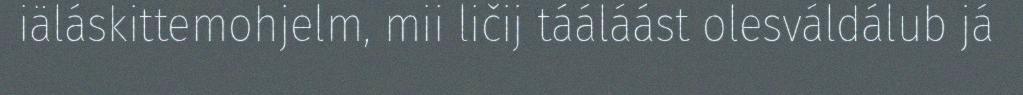
iäláskittemohjelm, mii ličij tááláást olesváldálub já